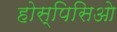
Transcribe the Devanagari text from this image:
होस्पिसिओ